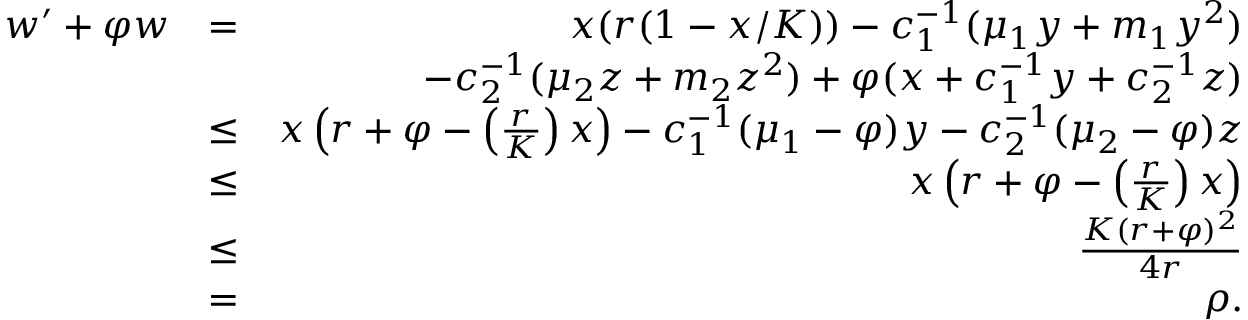
\begin{array} { r l r } { w ^ { \prime } + \varphi w } & { = } & { x ( r ( 1 - x / K ) ) - c _ { 1 } ^ { - 1 } ( \mu _ { 1 } y + m _ { 1 } y ^ { 2 } ) } \\ & { } & { - c _ { 2 } ^ { - 1 } ( \mu _ { 2 } z + m _ { 2 } z ^ { 2 } ) + \varphi ( x + c _ { 1 } ^ { - 1 } y + c _ { 2 } ^ { - 1 } z ) } \\ & { \leq } & { x \left( r + \varphi - \left( \frac { r } { K } \right) x \right) - c _ { 1 } ^ { - 1 } ( \mu _ { 1 } - \varphi ) y - c _ { 2 } ^ { - 1 } ( \mu _ { 2 } - \varphi ) z } \\ & { \leq } & { x \left( r + \varphi - \left( \frac { r } { K } \right) x \right) } \\ & { \leq } & { \frac { K ( r + \varphi ) ^ { 2 } } { 4 r } } \\ & { = } & { \rho . } \end{array}